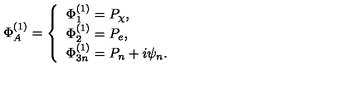
\Phi _ { A } ^ { ( 1 ) } = \left\{ \begin{array} { l } { \Phi _ { 1 } ^ { ( 1 ) } = P _ { \chi } , } \\ { \Phi _ { 2 } ^ { ( 1 ) } = P _ { e } , } \\ { \Phi _ { 3 n } ^ { ( 1 ) } = P _ { n } + i \psi _ { n } . } \\ \end{array} \right.